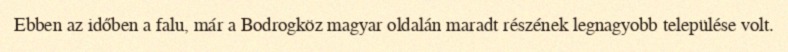
Ebben az időben a falu, már a Bodrogköz magyar oldalán maradt részének legnagyobb települése volt.